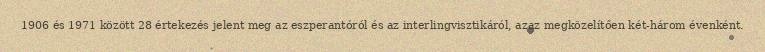
1906 és 1971 között 28 értekezés jelent meg az eszperantóról és az interlingvisztikáról, azaz megközelítően két-három évenként.